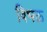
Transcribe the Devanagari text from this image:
विभक्त